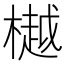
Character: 樾